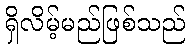
ရှိလိမ့်မည်ဖြစ်သည်